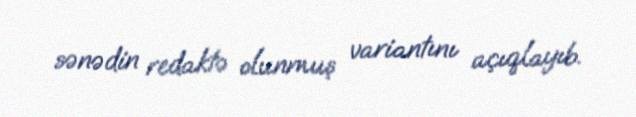
sənədin redaktə olunmuş variantını açıqlayıb.